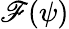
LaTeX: \mathscr{F}(\psi)